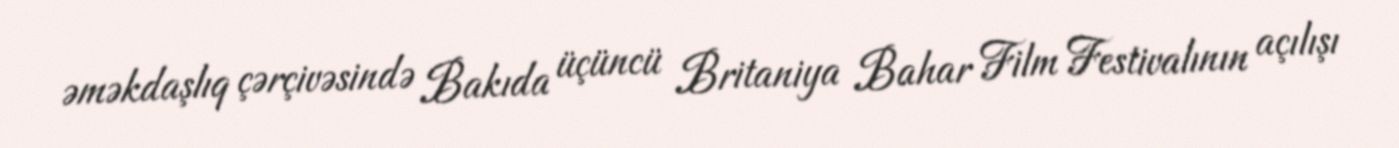
əməkdaşlıq çərçivəsində Bakıda üçüncü Britaniya Bahar Film Festivalının açılışı